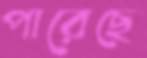
পারেছে